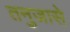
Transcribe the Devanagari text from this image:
तनुजासे